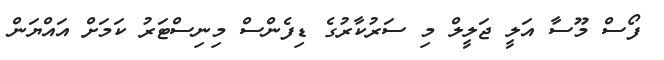
ފޯސް މޫސާ އަލީ ޖަލީލް މި ސަރުކާރުގެ ޑިފެންސް މިނިސްޓަރު ކަމަށް އައްޔަން